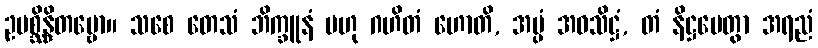
ဥပစ္ဆိန္ဒိတဗ္ဗော။ သစေ တေသံ ဘိက္ခူနံ ဗဟု ဂဟိတံ ဟောတိ, အပ္ပံ အဝသိဋ္ဌံ, တံ နိဋ္ဌပေတွာ အရညံ